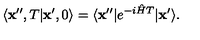
\langle { \bf x } ^ { \prime \prime } , T \vert { \bf x } ^ { \prime } , 0 \rangle = \langle { \bf x } ^ { \prime \prime } \vert e ^ { - i { \hat { H } } T } \vert { \bf x } ^ { \prime } \rangle .